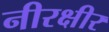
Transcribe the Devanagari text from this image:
नीरक्षीर